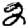
Digit: 2